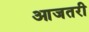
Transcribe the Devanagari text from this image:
आजतरी